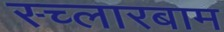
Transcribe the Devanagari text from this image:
स्च्लारबाम